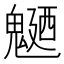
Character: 𩳹